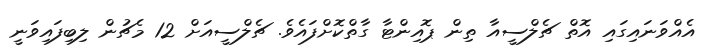
އެއްވަނައިގައި އޮތް ޗެލްސީއާ ތިން ޕޮއިންޓާ ގާތްކޮށްފައެވެ. ޗެލްސީއަށް 12 މެޗުން ލިބިފައިވަނީ